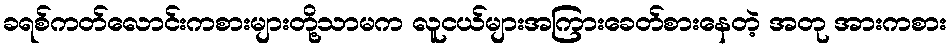
ခရစ်ကတ်လောင်းကစားများတို့သာမက လူငယ်များအကြားခေတ်စားနေတဲ့ အတု အားကစား